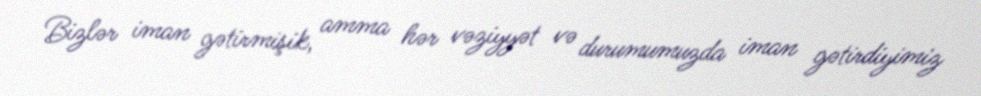
Bizlər iman gətirmişik, amma hər vəziyyət və durumumuzda iman gətirdiyimiz